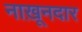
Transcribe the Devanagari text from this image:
नाख़ूनदार